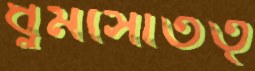
ধুমসোতত্